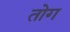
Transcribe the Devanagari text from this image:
तोग